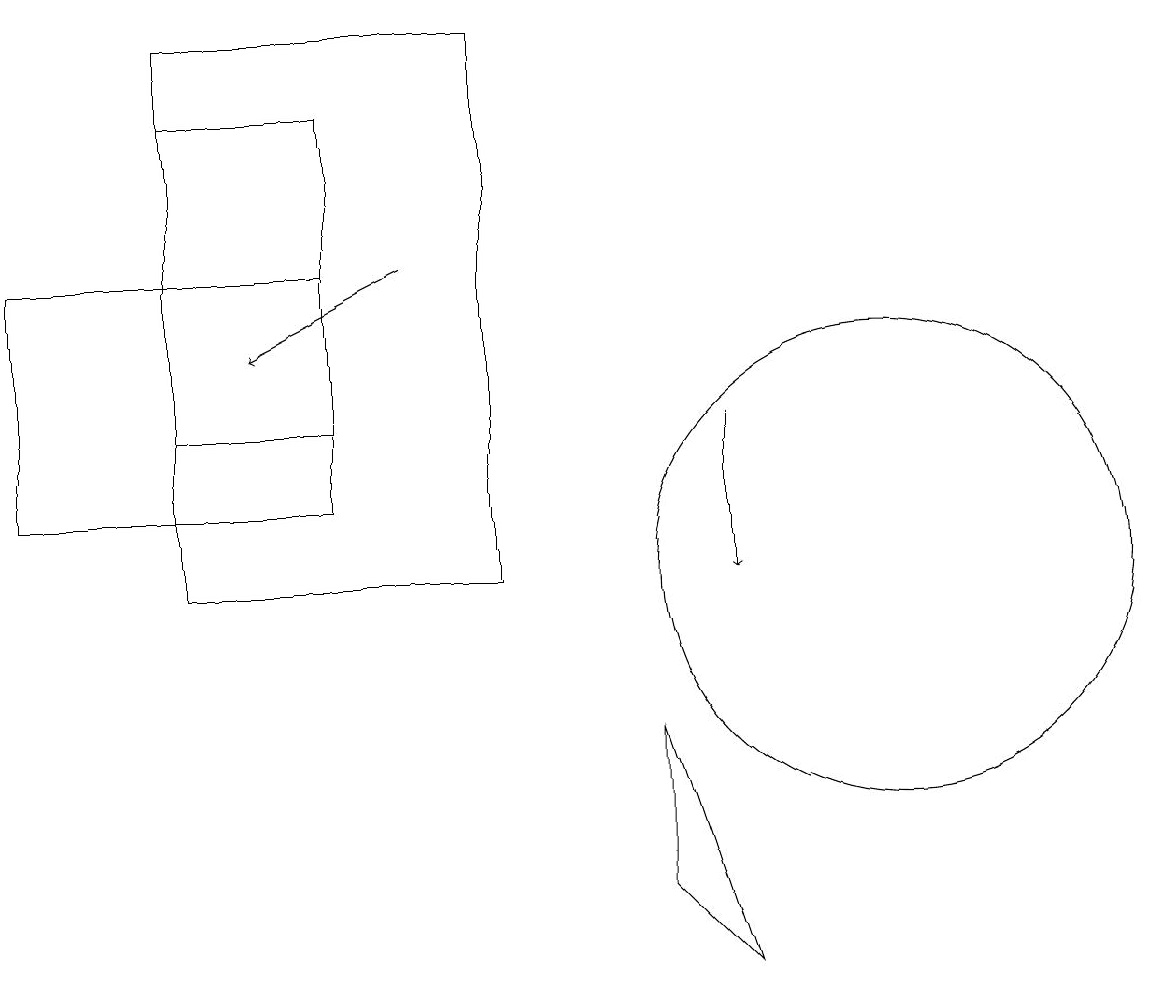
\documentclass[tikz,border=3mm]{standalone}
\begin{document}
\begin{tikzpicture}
\draw (2,18) rectangle (6,11);
\draw (9,6) -- (8,7) -- (8,9) -- cycle;
\draw (0,12) rectangle (4,15);
\draw (11,11) circle (3);
\draw[->] (9,13) -- (9,11);
\draw (2,17) rectangle (4,13);
\draw[->] (5,15) -- (3,14);
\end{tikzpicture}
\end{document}